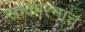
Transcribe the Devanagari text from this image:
साकारनाच